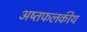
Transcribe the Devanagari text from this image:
अष्तफलकीय